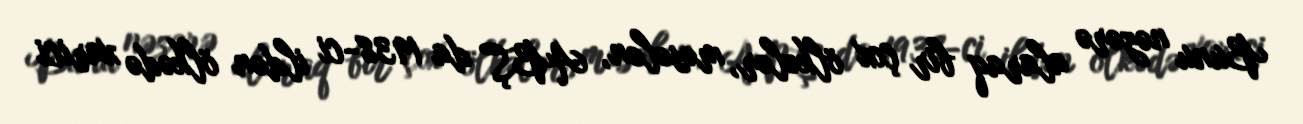
Bunu nəzərə alaraq bir çox ölkələr, məsələn, ABŞ da 1938-ci ildən ölkədə xarici